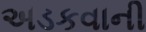
અડકવાની